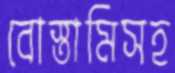
বোস্তামিসহ